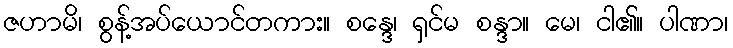
ဇဟာမိ၊ စွန့်အပ်ယောင်တကား။ စန္ဒေ၊ ရှင်မ စန္ဒာ။ မေ၊ ငါ၏။ ပါဏာ၊